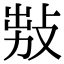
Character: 𢽅